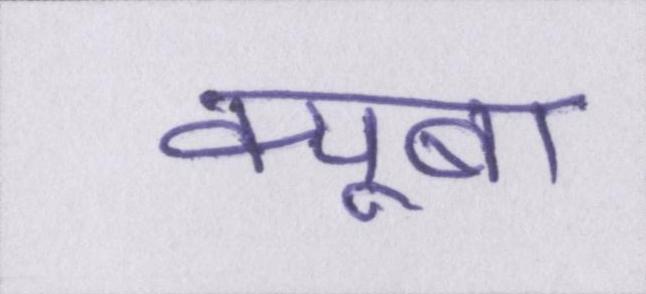
क्यूबा